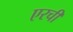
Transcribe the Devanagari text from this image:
एरची